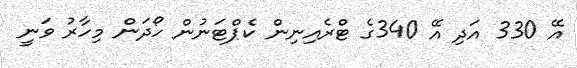
އޭ 330 އަދި އޭ 340ގެ ޓްރެއިނިން ކެޕްޓަނުން ހޯދަން މިހާރު ވަނީ